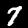
Digit: 7